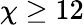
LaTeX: \chi\geq 12